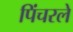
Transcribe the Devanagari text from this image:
पिंचरले